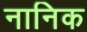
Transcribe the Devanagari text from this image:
नानिक